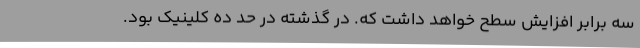
سه برابر افزایش سطح خواهد داشت که. در گذشته در حد ده کلینیک بود.